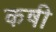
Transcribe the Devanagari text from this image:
कषी